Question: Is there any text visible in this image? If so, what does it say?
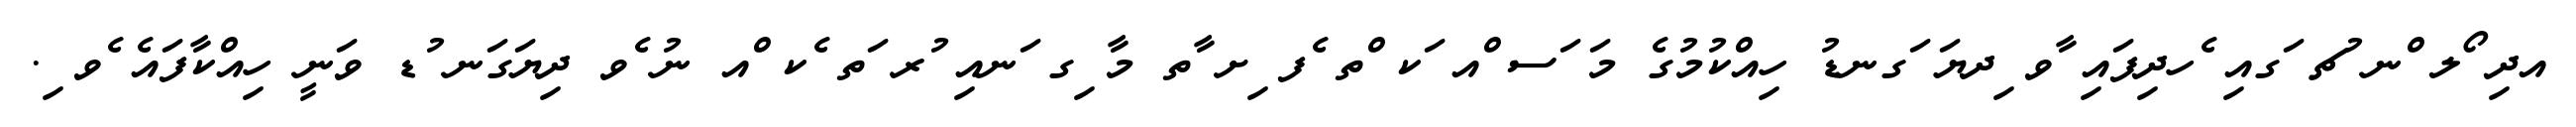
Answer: އދި ޯލ ްނ ުޗ ަގއި ެހދިފައި ާވ ިދޔަ ަގނޑު ހިއްކުމުގެ މަ ަސ ްއ ަކ ްތ ެފ ިށ ާތ މާ ިގ ަނއި ުރ ަތ ެކ ްއ ނު ެވ ދިޔަގަނ ުޑ ވަނީ ހިއްކާފައެ ެވ ި.